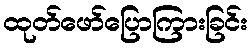
ထုတ်ဖော်ပြောကြားခြင်း